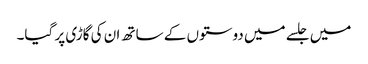
میں جلسے میں دوستوں کے ساتھ ان کی گاڑی پر گیا۔